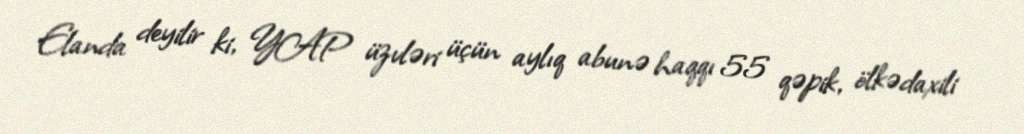
Elanda deyilir ki, YAP üzvləri üçün aylıq abunə haqqı 55 qəpik, ölkədaxili